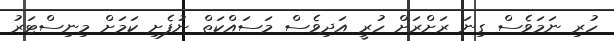
ހުރި ނަމަވެސް ގިނަ ރަށްރަށް ހުރީ އަދިވެސް މަސައްކަތް ނުފެށި ކަމަށް މިނިސްޓަރު